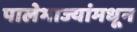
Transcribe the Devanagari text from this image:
पालेभाज्यांमधून